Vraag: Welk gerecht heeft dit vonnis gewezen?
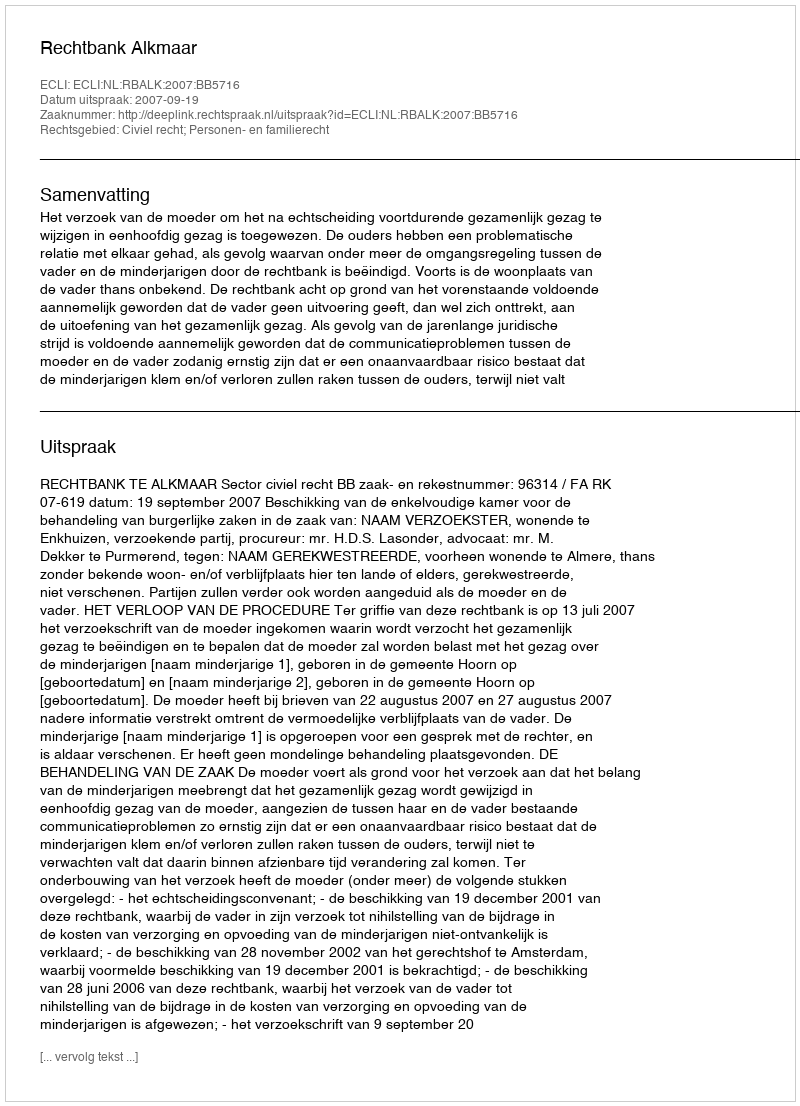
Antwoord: Rechtbank Alkmaar